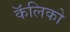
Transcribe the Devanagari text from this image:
कॅलिको